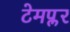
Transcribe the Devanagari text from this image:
टेमप्लर